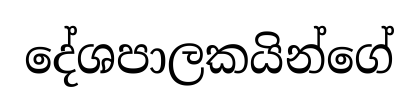
දේශපාලකයින්ගේ